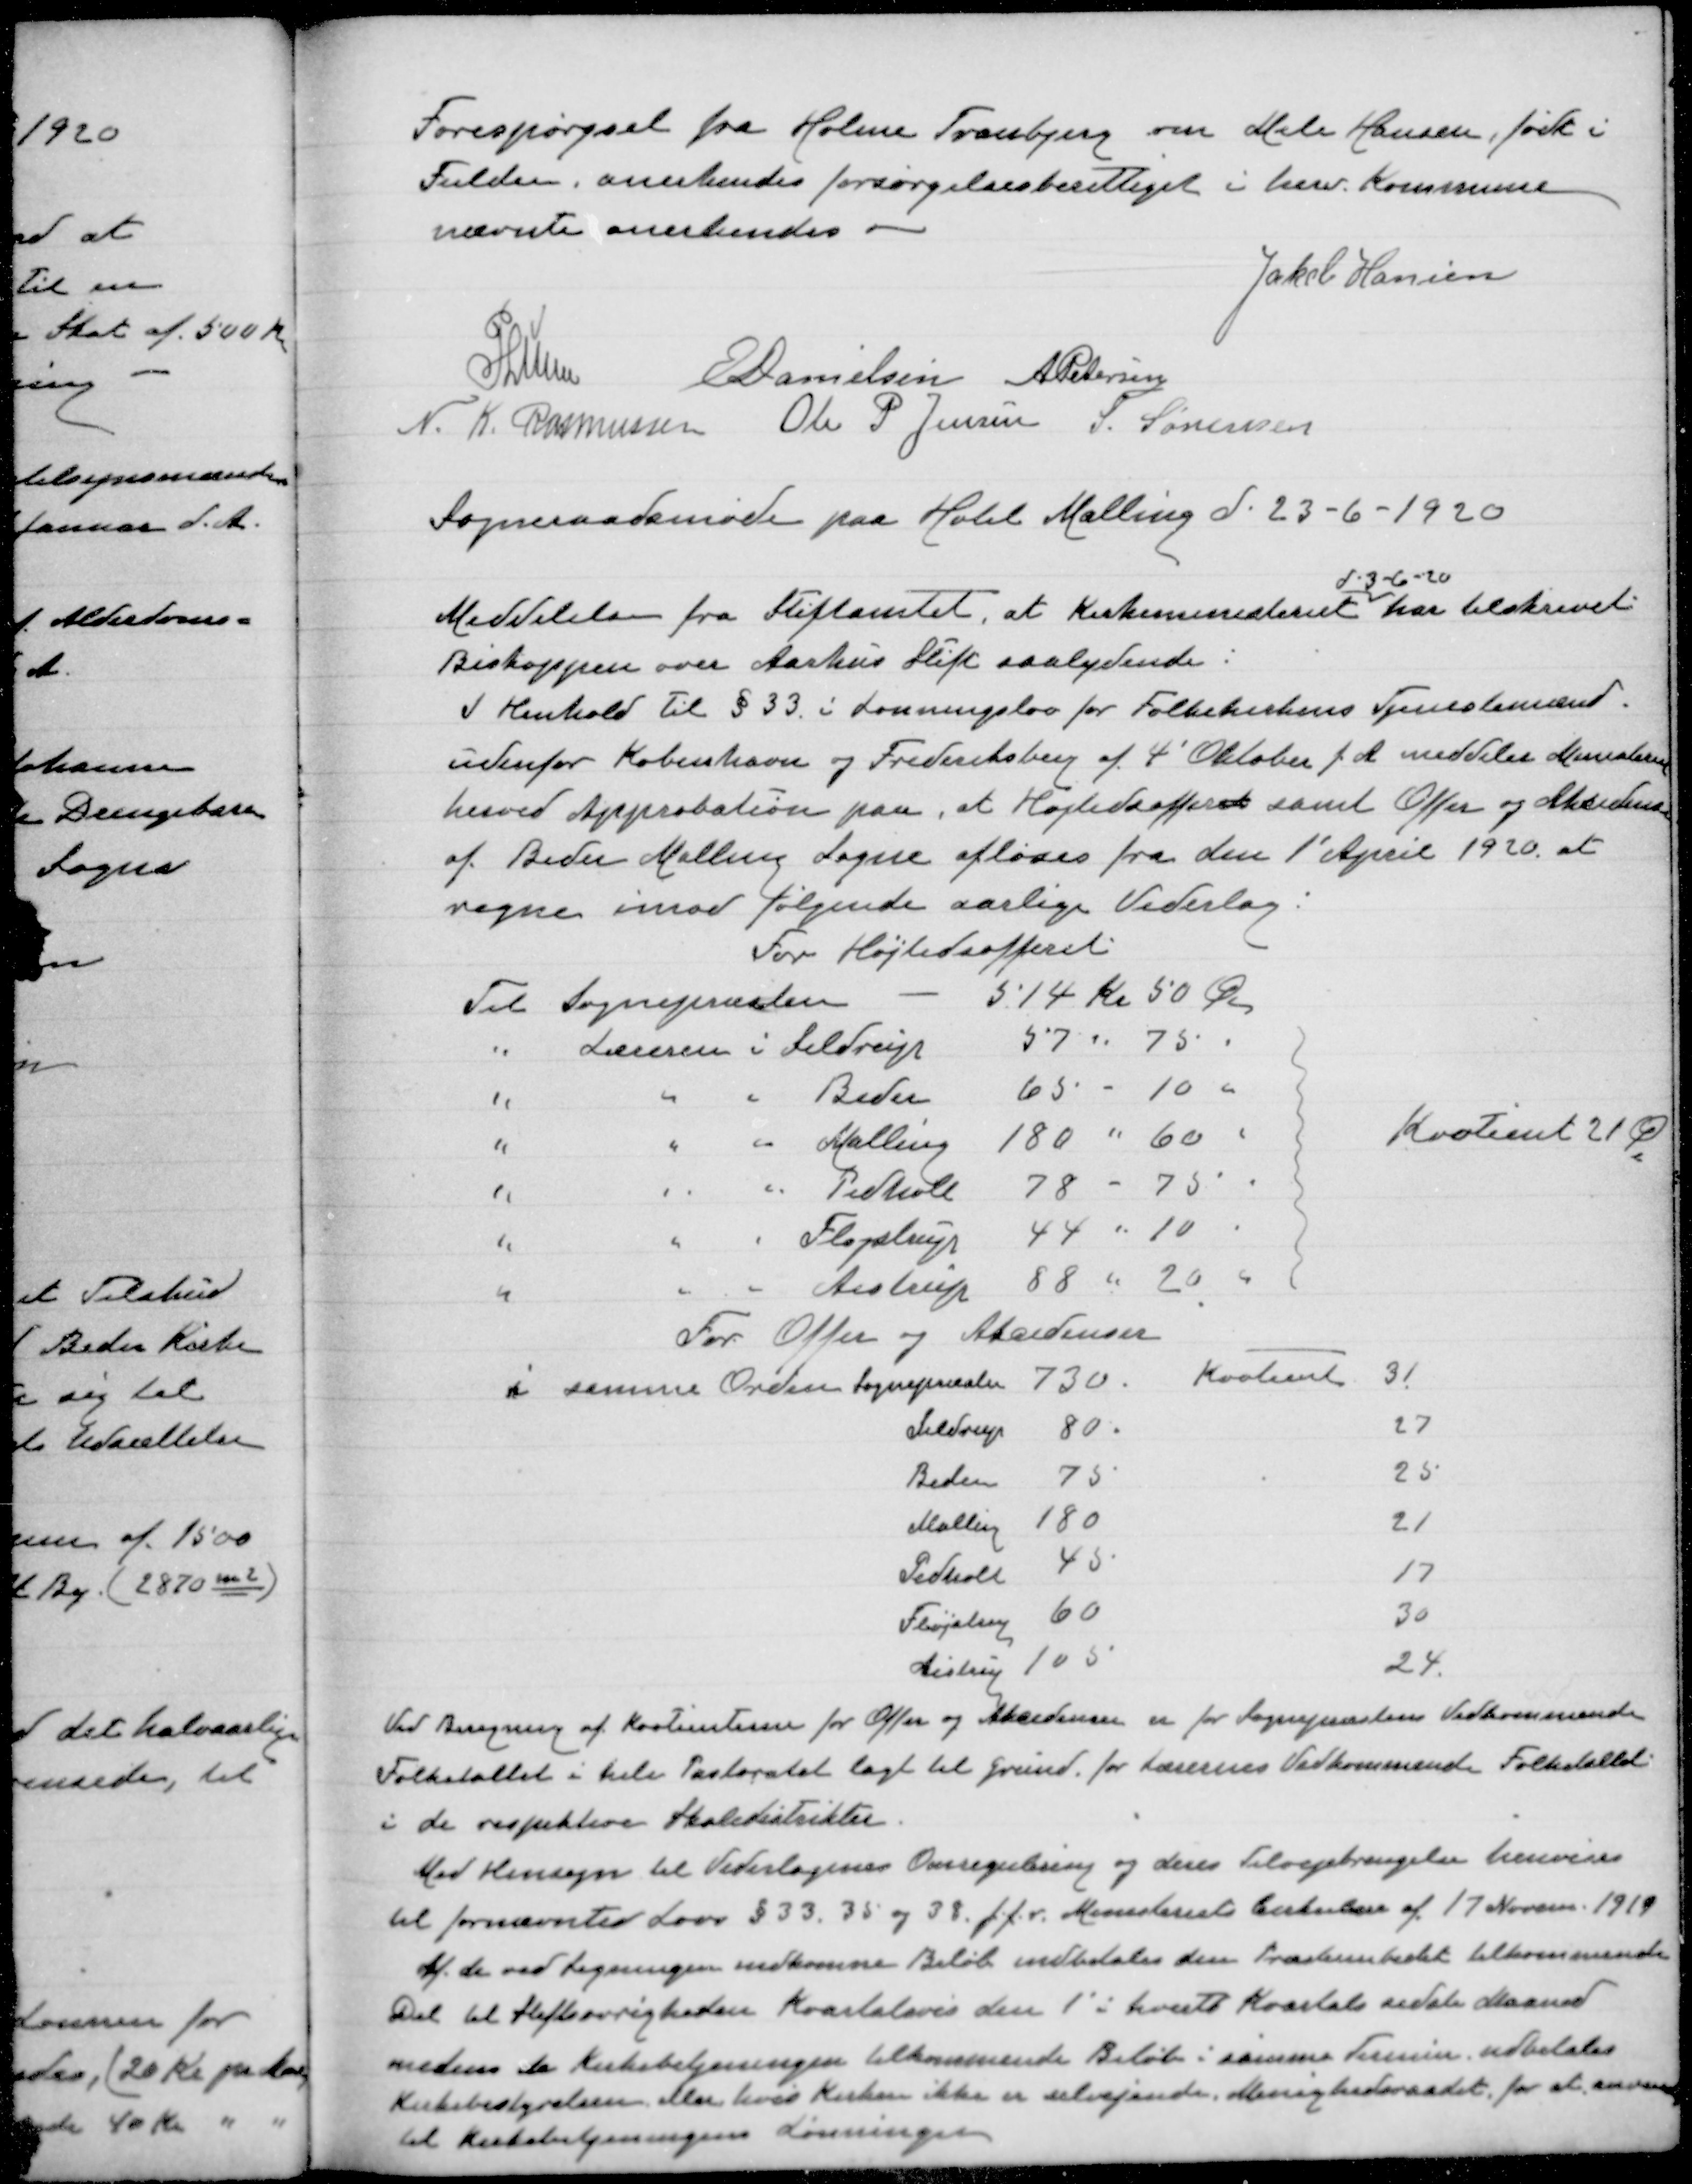
Transskription:
Forespørgsel fra Holme Tranbjerg om Meta Hansen, født i
Fulden, anerkendes forsørgelsesberettiget i herv. Kommune
nævnte anerkendes

Jakob Hansen
P Lunn
E Danielsen
A Petersen
N. K. Rasmussen
Ole P Jensen
S. Sørensen

Sogneraadsmøde paa Hotel Malling d. 23-6-1920

Meddelelse fra Stiftamtet, at Kirkeministeriet
d. 3-6-20
har tilskrevet
Biskoppen over Aarhus Stift saalydende:
I Henhold til § 33 i Lønningslov for Folkekirkens Tjenestemænd
udenfor København og Frederiksberg af 4' Oktober f A meddeler Ministeriet
herved Approbation paa, at Højtidsoffret samt Offer og Akcidenser
af Beder Malling Sogne afløses fra den 1' April 1920 at
regne imod følgende aarlige Vederlag:
For Højtidsofferet

Kvotient 21 φ

Ved Beregning af Kvotienterne for Offer og Akcidenser er for Sognepræstens Vedkommende
Folketallet i hele Pastoratet lag til grund for Lærerne Vedkommende Folketallet
i de respektive Skoledistrikter.
Med Hensyn til Vederlagenes Omregulering og deres Tilvejebringelse henvises
til førnævnte Lov § 33, 35 og 38 j.f.r. Ministeriets Cirkulære af 17 November 1919
Af de ved Ligningen indkomne Beløb indbetales den Præsteembedet tilkommende
Del til Stiftøvrigheden Kvartalsvis den 1' i hvert kvartals sidste Maaned
medens de Kirkebetjeningen tilkommende Beløb i samme Termin udbetales
Kirkebestyrelsen, eller hvis Kirken ikke er selvejende, Menighedsraadet for at anvendes
til Kirkebetjeningens Lønninger